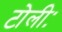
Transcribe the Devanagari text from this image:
टोलीः